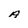
Character: A